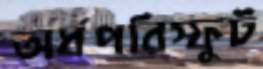
অর্ধপরিস্ফুট